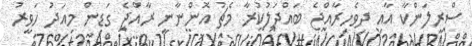
ސްރީލަންކާ އާއި ދިވެހިރާއްޖެ ބައްދަލުކުރާ މެޗު އޮންނާނީ ރާއްޖެ ގަޑިން މިއަދު ހަވީރު